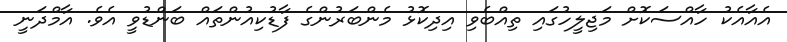
އެއާއެކު ހާއްސަކޮށް މަޖިލީހުގައި ތިއްބެވި އިދިކޮޅު މެންބަރުންގެ ފާޑުކިއުންތައް ބަންޑުވީ އެވެ. އާމްދަނީ